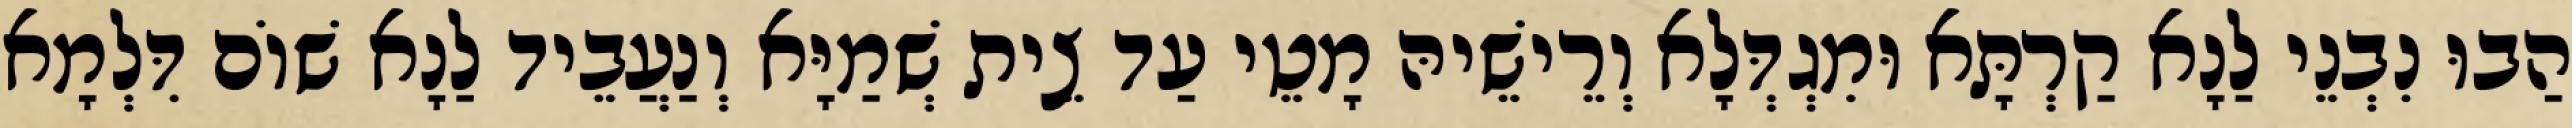
הַבוּ נִבְנֵי לַנָא קַרְתָּא וּמִגְדְּלָא וְרֵישֵׁיהּ מָטֵי עַד צֵית שְׁמַיָּא וְנַעֲבֵיד לַנָא שׁוֹם דִּלְמָא